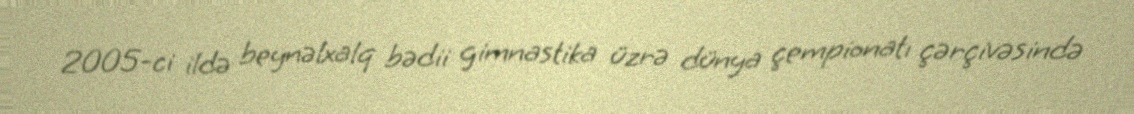
2005-ci ildə beynəlxalq bədii gimnastika üzrə dünya çempionatı çərçivəsində